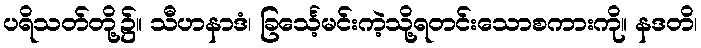
ပရိသတ်တို့၌။ သီဟနာဒံ၊ ခြင်္သေ့မင်းကဲ့သို့ရတင်းသောစကားကို။ နဒတိ၊